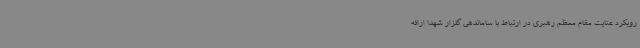
رویکرد عنایت مقام معظم رهبری در ارتباط با ساماندهی گلزار شهدا ارائه